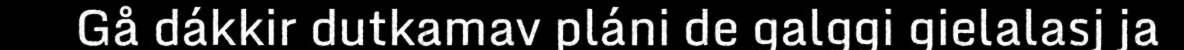
Gå dákkir dutkamav pláni de galggi gielalasj ja